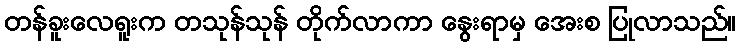
တန်ခူးလေရူးက တသုန်သုန် တိုက်လာကာ နွေးရာမှ အေးစ ပြုလာသည်။